Report of the Hyderabad Chloroform Commission
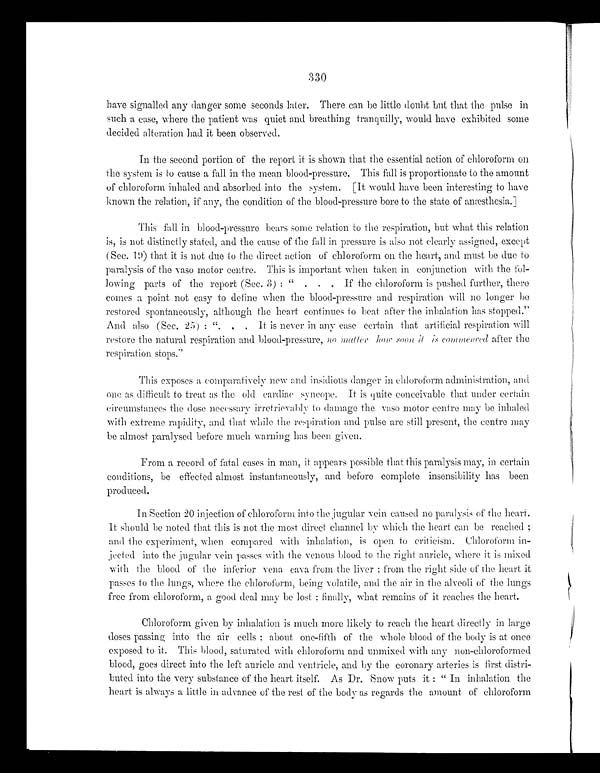
have signalled any danger some seconds later. There can be little doubt but that the pulse in
such a case, where the patient was quiet and breathing tranquilly, would have exhibited some
decided alteration had it been observed.
In the second portion of the report it is shown that the essential action of chloroform on
the system is to cause a fall in the mean blood-pressure. This fall is proportionate to the amount
of chloroform inhaled and absorbed into the system. [It would have been interesting to have
known the relation, if any, the condition of the blood-pressure bore to the state of anæsthesia.]
This fall in blood-pressure bears some relation to the respiration, but what this relation
is, is not distinctly stated, and the cause of the fall in pressure is also not clearly assigned, except
(Sec. 19) that it is not due to the direct action of chloroform on the heart, and must be due to
paralysis of the vaso motor centre. This is important when taken in conjunction with the fol--
lowing parts of the report (Sec.3): ". . . If the chloroform is pushed further, there
comes a point not easy to define when the blood-pressure and respiration will no longer be
restored spontaneously, although the heart continues to beat after the inhalation has stopped."
A n d a l s o ( S e c . 2 5 ) : " . . . I t i s n e v e r i n a n y c a s e c e r t a i n t h a t a r t i f i c i a l r e s p i r a t i o n w i l l
restore the natural respiration and blood-pressure, no matter how soon it is commenced a f t e r t h e
respiration stops."
This exposes a comparatively new and insidious danger in chloroform administration, and
o n e a s d i f f i c u l t t o t r e a t a s t h e o l d c a r d i a c s y n c o p e . I t i s q u i t e c o n c e i v a b l e t h a t u n d e r c e r t a i n
circumstances the dose necessary irretrievably to damage the vaso motor centre may be inhaled
with extreme rapidity, and that while the respiration and pulse are still present, the centre may
be almost paralysed before much warning has been given.
From a record of fatal cases in man, it appears possible that this paralysis may, in certain
conditions, be effected almost instantaneously, and before complete insensibility has been
produced.
In Section 20 injection of chloroform into the jugular vein caused no paralysis of the heart.
It should be noted that this is not the most direct channel by which the heart can be reached;
and the experiment, when compared with inhalation, is open to criticism. Chloroform in-
jected into the jugular vein passes with the venous blood to the right auricle, where it is mixed
with the blood of the inferior vena cava from the liver; from the right side of the heart it
passes to the lungs, where the chloroform, being volatile, and the air in the alveoli of the lungs
free from chloroform, a good deal may be lost; finally, what remains of it reaches the heart.
Chloroform given by inhalation is much more likely to reach the heart directly in large
doses passing into the air cells; about one-fifth of the whole blood of the body is at once
e x p o s e d t o i t . T h i s b l o o d , s a t u r a t e d w i t h c h l o r o f o r m a n d u n m i x e d w i t h a n y n o n - c h l o r o f o r m e d
blood, goes direct into the left auricle and ventricle, and by the coronary arteries is first distri-
-buted into the very substance of the heart itself. As Dr. Snow puts it: "In inhalation the
heart is always a little in advance of the rest of the body as regards the amount of chloroform